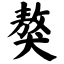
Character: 獒